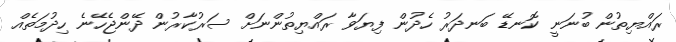
ރައްޔިތުން ބުނަނީ ކޮނޑޭ ބަނދަރު ހެދުން ފިޔަވާ ރައްޔިތުންނަށް ސަރުކާރުން ދޭންޖެހޭނެ ހިދުމަތެއް